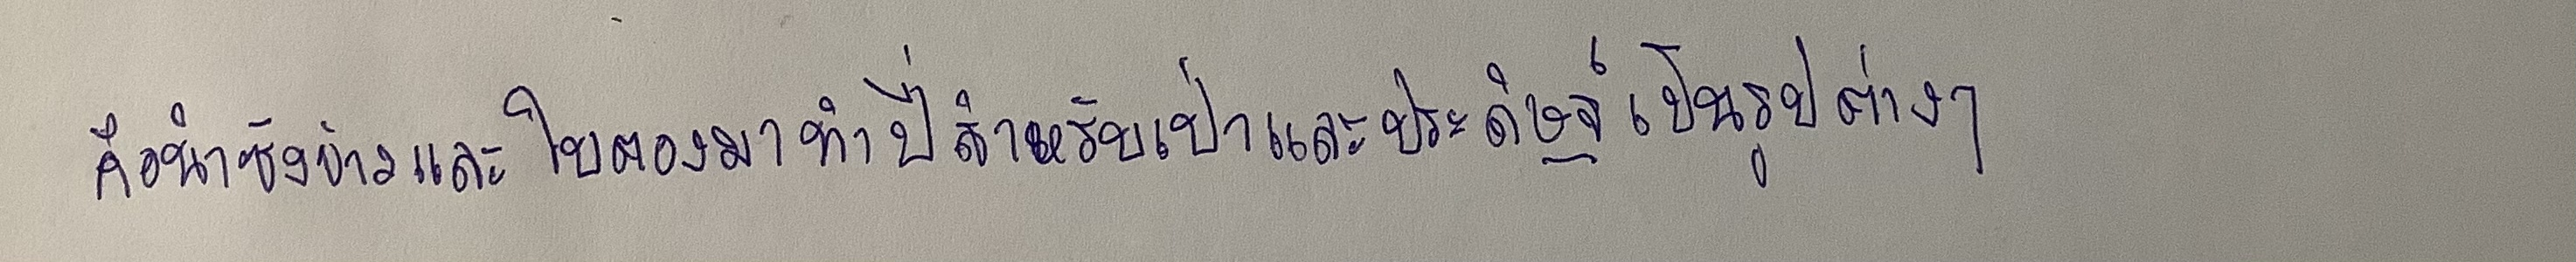
คือนำซังข้าวและใบตองมาทำปี่สำหรับเป่าและประดิษฐ์เป็นรูปต่างๆ